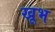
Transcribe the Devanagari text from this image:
खूभ